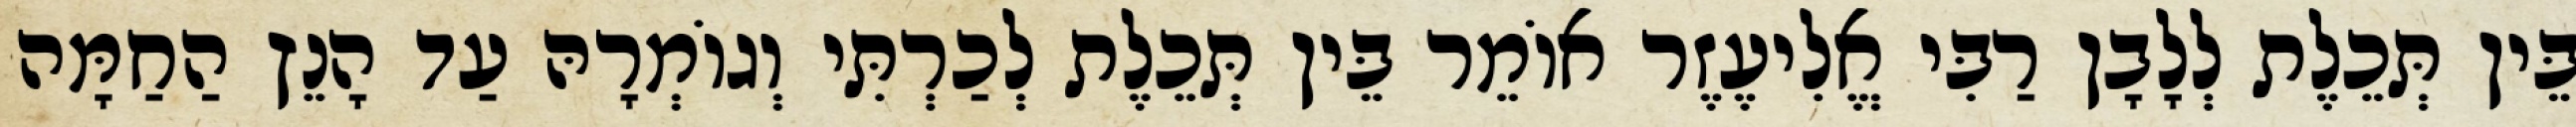
בֵּין תְּכֵלֶת לְלָבָן רַבִּי אֱלִיעֶזֶר אוֹמֵר בֵּין תְּכֵלֶת לְכַרְתִּי וְגוֹמְרָהּ עַד הָנֵץ הַחַמָּה